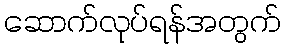
ဆောက်လုပ်ရန်အတွက်